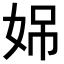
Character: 𪥳